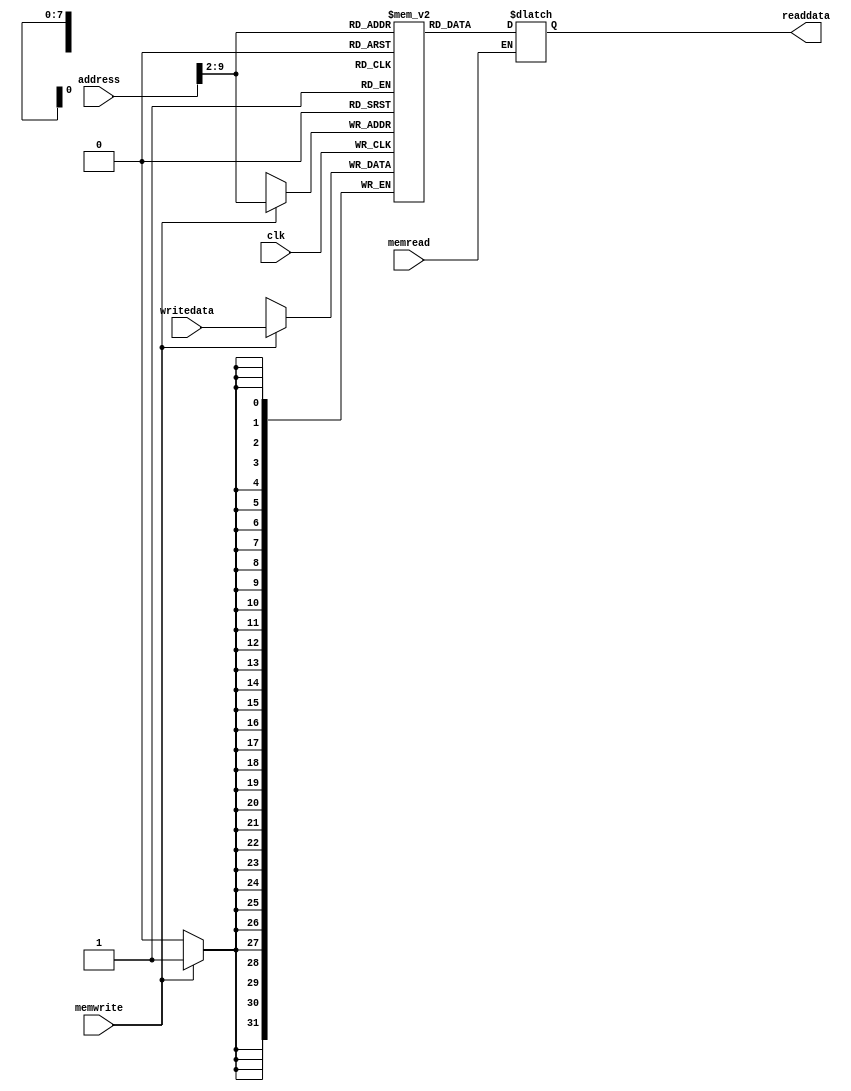

module Data_Memory(readdata , address, writedata , memwrite , memread , clk); 
input [31:0] address , writedata ; 
input memwrite , memread , clk; 
output [31:0] readdata; 
reg [31:0] readdata;
reg [31:0] DM [255:0];
// implementation details are left to the student 
integer i;
initial begin 
  for(i=0;i<256;i=i+1)
      DM[i] = i;
  end
always @(memread or address)begin
  #10; if(memread==1)
      readdata  = DM[address>>2];
end
always @(posedge clk)begin
  #5; if(memwrite==1)
      DM[address>>2]= writedata;
     
end
endmodule